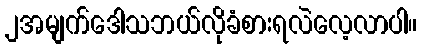
၂အမျက်ဒေါသဘယ်လိုခံစားရလဲလေ့လာပါ။